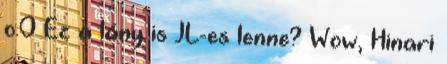
o.O Ez a lány is JL-es lenne? Wow, Hinari